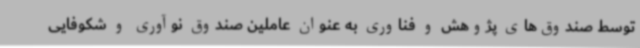
توسط صندوق‌های پژوهش و فناوری به عنوان عاملین صندوق نوآوری و شکوفایی